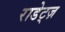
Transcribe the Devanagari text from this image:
राडेट्ज़